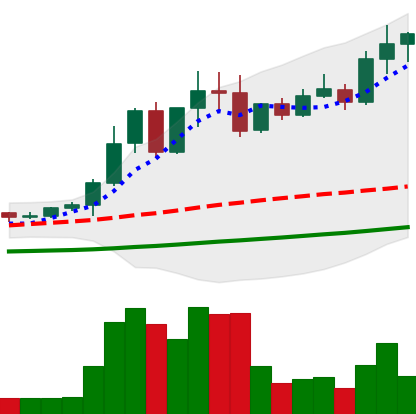
Ticker: EOS-USD
Chart end date: 2021-04-15
Forward return: -15.316%
Label: down_7plus